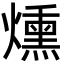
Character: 燻